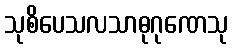
သုစိပေသလသာဓုဂုဏေသု